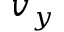
v _ { y }